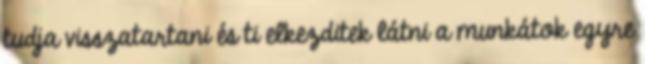
tudja visszatartani és ti elkezditek látni a munkátok egyre